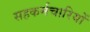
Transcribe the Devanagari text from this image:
सहकर्मचारियों